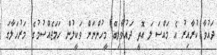
ދައުވާ ކުރާއިރު އެ މައްސަލަ އޮތީ ދައުވާލިބޭ މީހުންނަށް ވަކީލުން ހަމަޖެއްސުމުގެ މަރުހަލާގަ